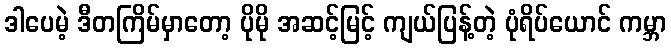
ဒါပေမဲ့ ဒီတကြိမ်မှာတော့ ပိုမို အဆင့်မြင့် ကျယ်ပြန့်တဲ့ ပုံရိပ်ယောင် ကမ္ဘာ